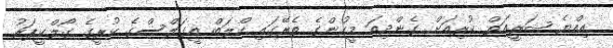
އިއްޔެ ޝަރީއަތް ކުރިއަށް ގެންދިއަ މީހުންގެ ތެރޭގައި ކްލަބް އީގަލްސްގެ ކުރީގެ ގޯލްކީޕަރު